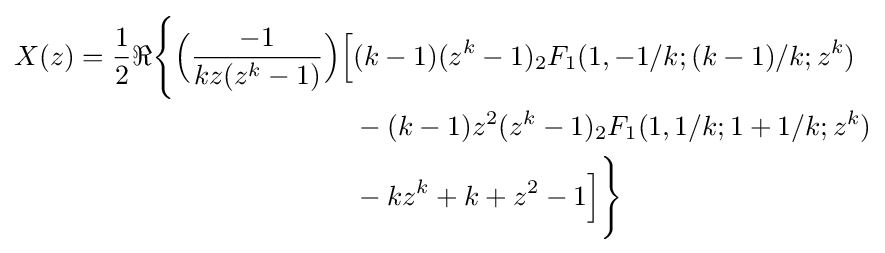
{\begin{aligned}X(z)={\frac {1}{2}}\Re {\Bigg \{}{\Big (}{\frac {-1}{kz(z^{k}-1)}}{\Big )}{\Big [}&(k-1)(z^{k}-1)_{2}F_{1}(1,-1/k;(k-1)/k;z^{k})\\&{}-(k-1)z^{2}(z^{k}-1)_{2}F_{1}(1,1/k;1+1/k;z^{k})\\&{}-kz^{k}+k+z^{2}-1{\Big ]}{\Bigg \}}\end{aligned}}